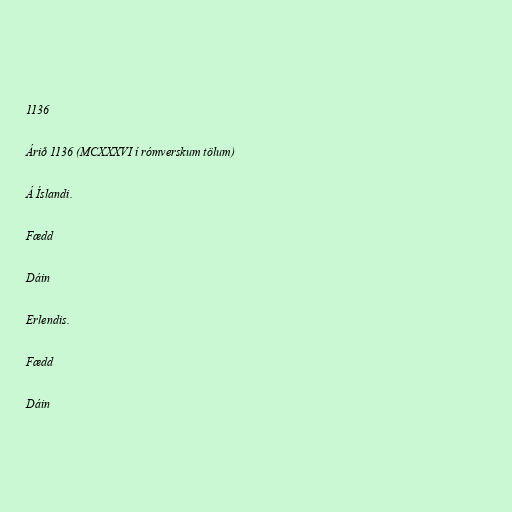
1136

Árið 1136 (MCXXXVI í rómverskum tölum)

Á Íslandi.

Fædd

Dáin

Erlendis.

Fædd

Dáin